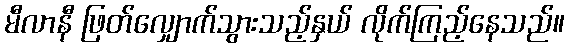
မီလာနီ ဖြတ်လျှောက်သွားသည့်နှယ် လိုက်ကြည့်နေသည်။